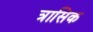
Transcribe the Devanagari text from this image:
त्रासिक